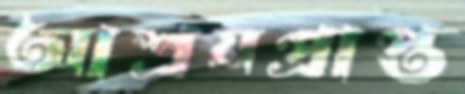
আশ্রয়প্রাপ্ত